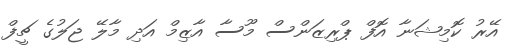
އޭރު ކޮމިޝަނާ އޮފް ޕްރިޒަންސް މޫސާ އާޒިމް އަދި މާލޭ ޖަލުގެ ޗީފް